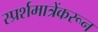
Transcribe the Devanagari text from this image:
स्प्रर्शमात्रेंकरून